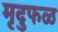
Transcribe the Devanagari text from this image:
मृदुफळ